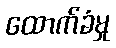
ထောက်ခံမှု